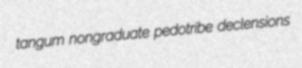
tangum nongraduate pedotribe declensions